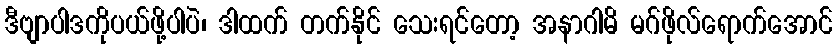
ဒီဗျာပါဒကိုပယ်ဖို့ပါပဲ၊ ဒါထက် တက်နိုင် သေးရင်တော့ အနာဂါမိ မဂ်ဖိုလ်ရောက်အောင်